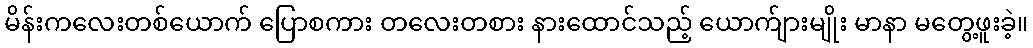
မိန်းကလေးတစ်ယောက် ပြောစကား တလေးတစား နားထောင်သည့် ယောက်ျားမျိုး မာနာ မတွေ့ဖူးခဲ့။